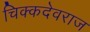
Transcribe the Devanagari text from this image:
चिक्कदेवराज